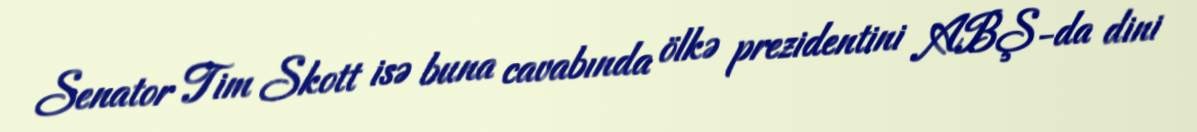
Senator Tim Skott isə buna cavabında ölkə prezidentini ABŞ-da dini